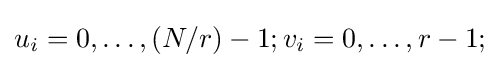
u_{i}=0,\ldots ,(N/r)-1;v_{i}=0,\ldots ,r-1;